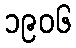
၁၉၀၆